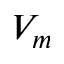
V _ { m }